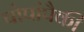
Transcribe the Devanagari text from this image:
पोपांपैकी